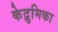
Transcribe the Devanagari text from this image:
केद्रुमिका